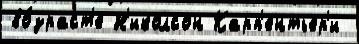
во́зраст'е Н'иколсон Карп'ентьер'и